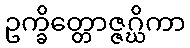
ဥက္ခိတ္တောဇ္ဇဂ္ဃိကာ